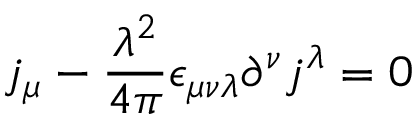
j _ { \mu } - \frac { \lambda ^ { 2 } } { 4 \pi } \epsilon _ { \mu \nu \lambda } \partial ^ { \nu } j ^ { \lambda } = 0